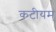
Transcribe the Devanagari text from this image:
कटीयम्‌